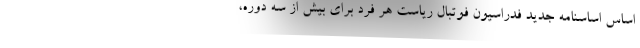
اساس اساسنامه جدید فدراسیون فوتبال ریاست هر فرد برای بیش از سه دوره،